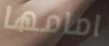
امامها